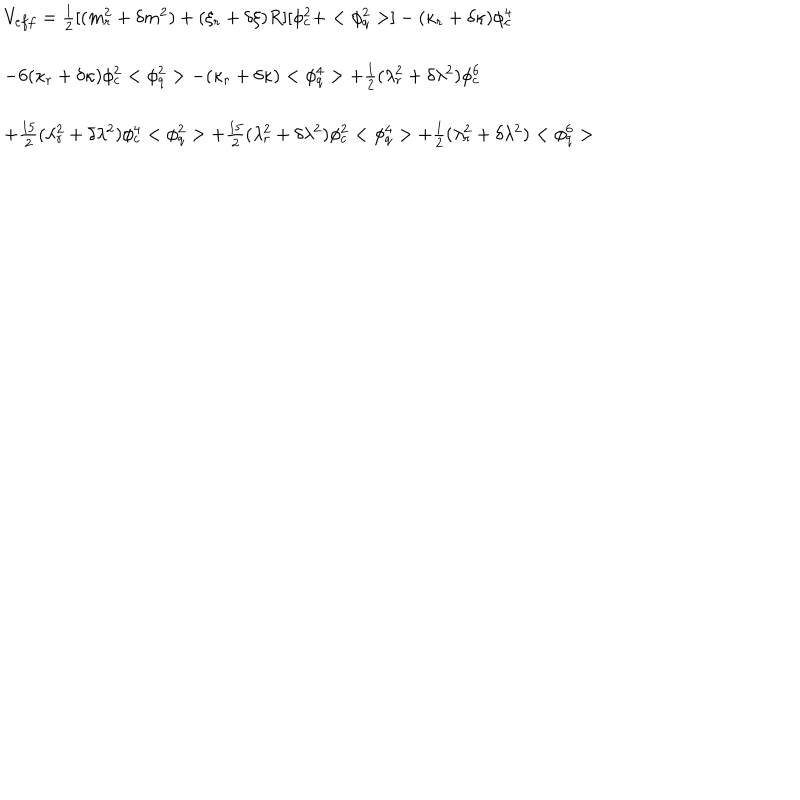
\begin{array} { l } { { V _ { e f f } = \frac 1 2 [ ( m _ { r } ^ { 2 } + \delta m ^ { 2 } ) + ( \xi _ { r } + \delta \xi ) R ] [ \phi _ { c } ^ { 2 } + < \phi _ { q } ^ { 2 } > ] - ( \kappa _ { r } + \delta \kappa ) \phi _ { c } ^ { 4 } } } \\ { { \hspace { 1 . 2 c m } - 6 ( \kappa _ { r } + \delta \kappa ) \phi _ { c } ^ { 2 } < \phi _ { q } ^ { 2 } > - ( \kappa _ { r } + \delta \kappa ) < \phi _ { q } ^ { 4 } > + \frac 1 2 ( \lambda _ { r } ^ { 2 } + \delta \lambda ^ { 2 } ) \phi _ { c } ^ { 6 } } } \\ { { \hspace { 1 . 2 c m } + \frac { 1 5 } 2 ( \lambda _ { r } ^ { 2 } + \delta \lambda ^ { 2 } ) \phi _ { c } ^ { 4 } < \phi _ { q } ^ { 2 } > + \frac { 1 5 } 2 ( \lambda _ { r } ^ { 2 } + \delta \lambda ^ { 2 } ) \phi _ { c } ^ { 2 } < \phi _ { q } ^ { 4 } > + \frac 1 2 ( \lambda _ { r } ^ { 2 } + \delta \lambda ^ { 2 } ) < \phi _ { q } ^ { 6 } > } } \\ \end{array}